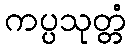
ကပ္ပသုတ္တံ